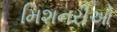
મિશનરીઓ